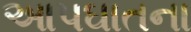
આપઘાતના